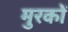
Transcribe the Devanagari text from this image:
मुरकों